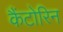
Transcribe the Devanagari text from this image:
कैंटोरिन